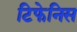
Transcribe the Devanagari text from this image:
टिफेनिस